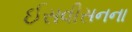
ઈસવીસનના